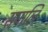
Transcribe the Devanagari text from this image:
सपालि